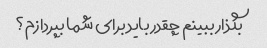
بگذار ببینم چقدر باید برای شما بپردازم؟